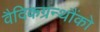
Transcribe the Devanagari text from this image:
वैदिकग्रन्थौंको